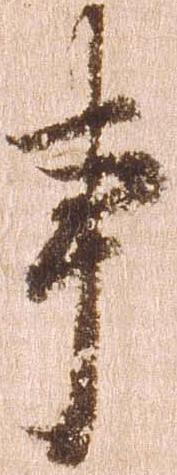
事